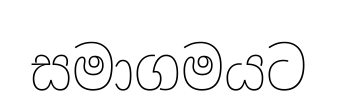
සමාගමයට